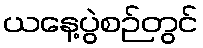
ယနေ့ပွဲစဉ်တွင်